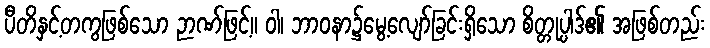
ပီတိနှင့်တကွဖြစ်သော ဉာဏ်ဖြင့်။ ဝါ၊ ဘာဝနာ၌မွေ့လျော်ခြင်းရှိသော စိတ္တုပ္ပါဒ်၏ အဖြစ်တည်း